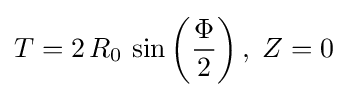
T=2\,R_{0}\,\sin \left({\frac {\Phi }{2}}\right),\;Z=0